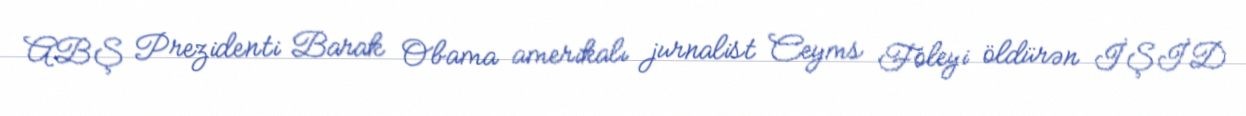
ABŞ Prezidenti Barak Obama amerikalı jurnalist Ceyms Foleyi öldürən İŞİD